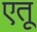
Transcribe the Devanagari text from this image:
एतू